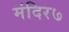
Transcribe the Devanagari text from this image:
मंदिर७